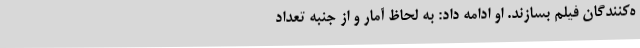
ه‌کنندگان فیلم بسازند. او ادامه داد: به لحاظ آمار و از جنبه‌ تعداد